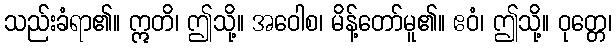
သည်းခံရာ၏။ ဣတိ၊ ဤသို့။ အဝေါစ၊ မိန့်တော်မူ၏။ ဧဝံ၊ ဤသို့။ ဝုတ္တေ၊